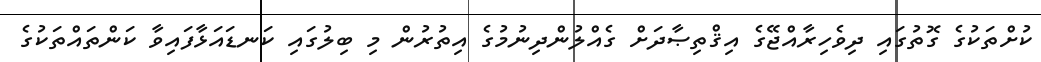
ކުށްތަކުގެ ގޮތުގައި ދިވެހިރާއްޖޭގެ އިޤްތިޞާދަށް ގެއްލުންދިނުމުގެ އިތުރުން މި ބިލުގައި ކަނޑައަޅާފައިވާ ކަންތައްތަކުގެ